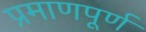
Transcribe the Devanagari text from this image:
प्रमाणपूर्ण